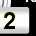
Digit: 2